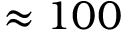
\approx 1 0 0